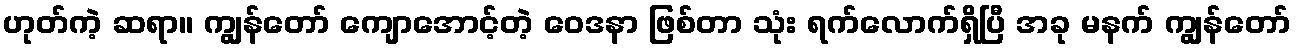
ဟုတ်ကဲ့ ဆရာ။ ကျွန်တော် ကျောအောင့်တဲ့ ဝေဒနာ ဖြစ်တာ သုံး ရက်လောက်ရှိပြီ အခု မနက် ကျွန်တော်